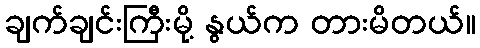
ချက်ချင်းကြီးမို့ နွယ်က တားမိတယ်။